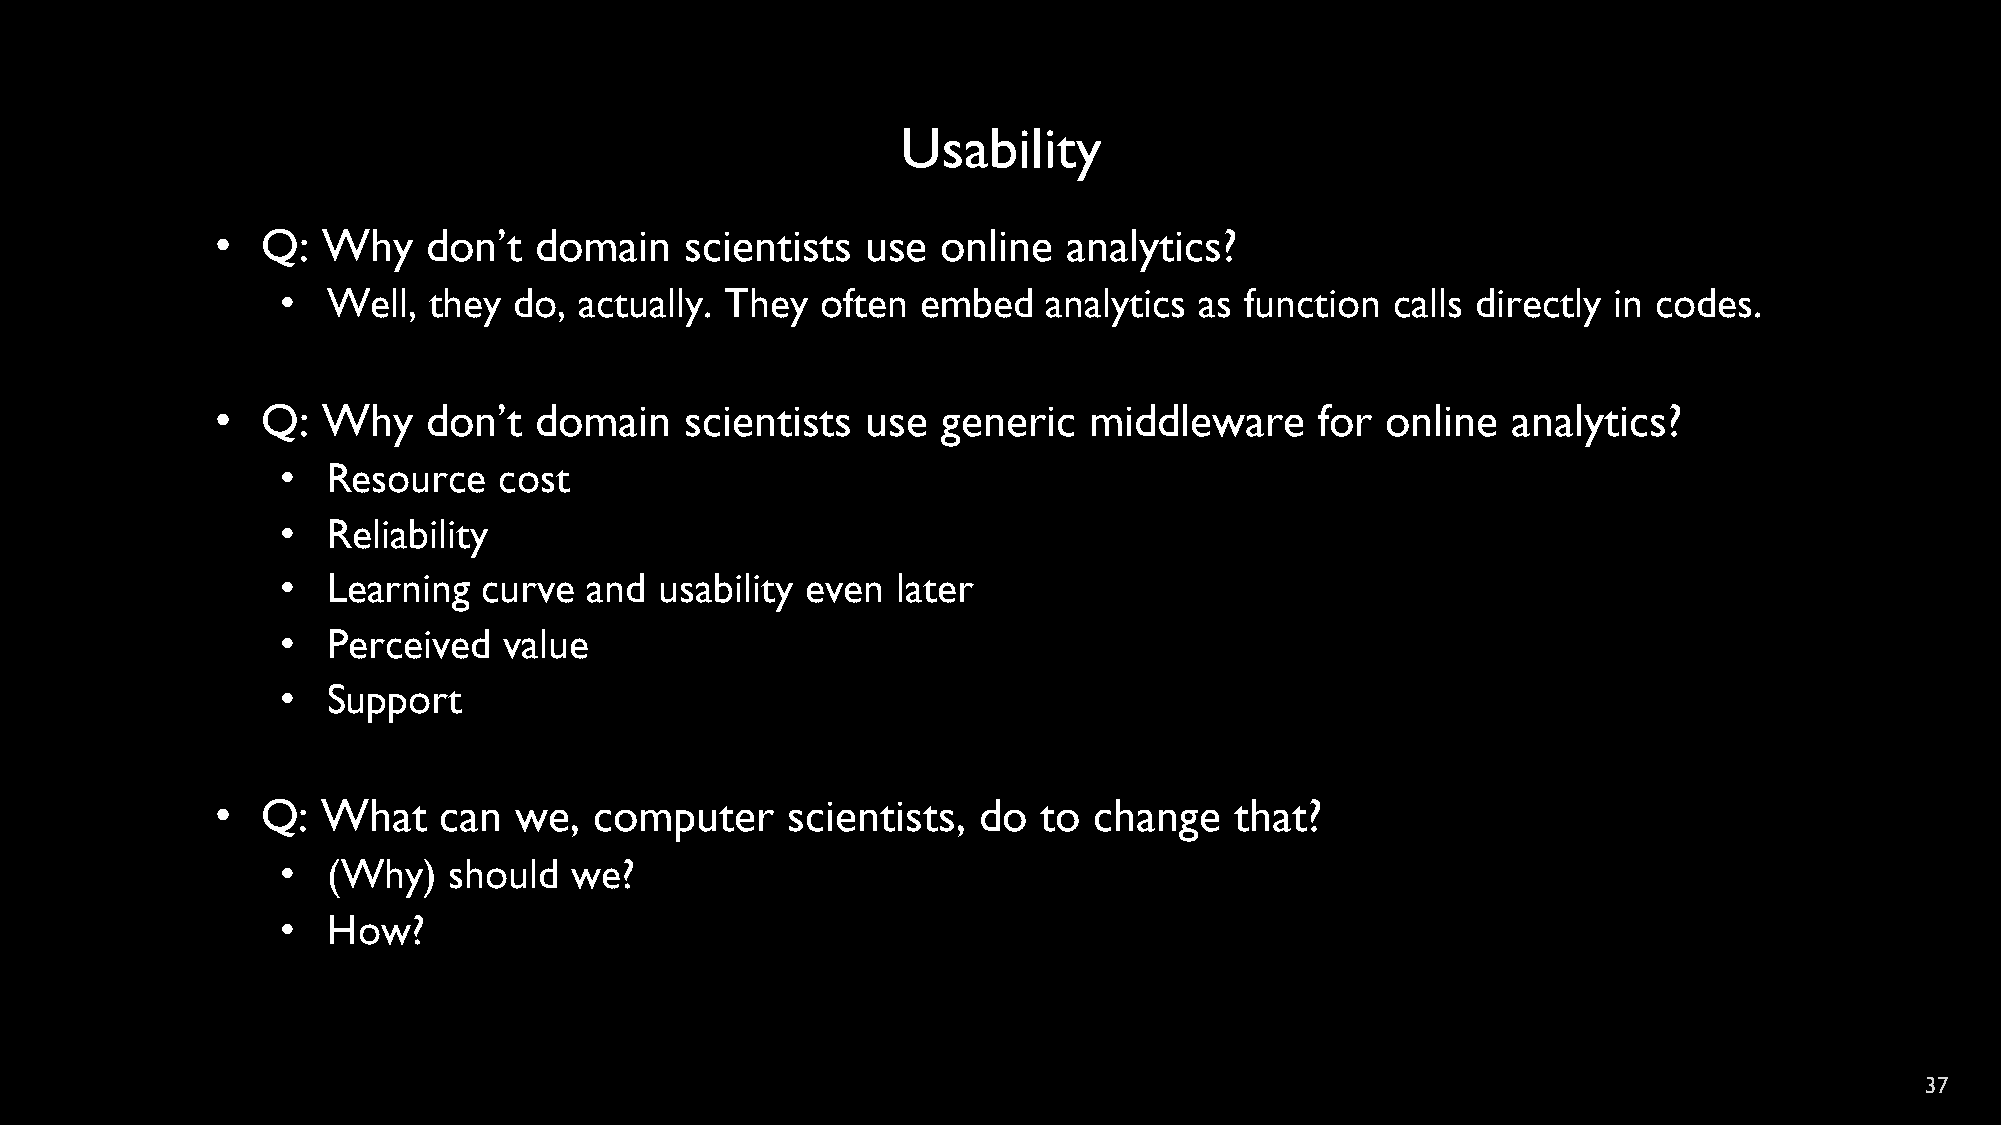
Usability
 •  Q:  Why    don’t  domain    scientists  use  online   analytics?
 •  Well, they  do, actually. They  often  embed   analytics as function  calls directly in codes.
 •  Q:  Why    don’t  domain    scientists  use  generic   middleware     for  online  analytics?
 •  Resource   cost
 •  Reliability
 •  Learning  curve  and  usability even later
 •  Perceived  value
 •  Support
 •  Q:  What    can  we,  computer     scientists,  do  to change    that?
 •  (Why)   should  we?
 •  How?
 37